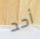
أحد